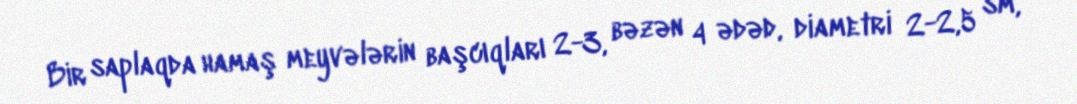
Bir saplaqda hamaş meyvələrin başcıqları 2-3, bəzən 4 ədəd, diametri 2-2,5 sm,